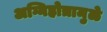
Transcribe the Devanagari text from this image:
अग्निहोत्रामुळे